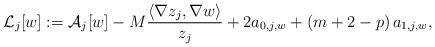
LaTeX: \begin{align*} \mathcal L_j[w]:=\mathcal A_j[w] - M \frac{\langle \nabla z_j,\nabla w \rangle}{z_j}+2a_{0,j,w}+\left(m+2-p\right) a_{1,j,w},\end{align*}